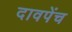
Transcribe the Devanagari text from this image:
दावपेंच